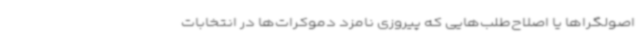
اصولگراها یا اصلاح‌طلب‌هایی که پیروزی نامزد دموکرات‌ها در انتخابات